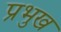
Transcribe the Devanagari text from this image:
प्रभुख